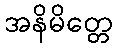
အနိမိတ္တေ